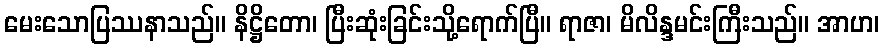
မေးသောပြဿနာသည်။ နိဋ္ဌိတော၊ ပြီးဆုံးခြင်းသို့ရောက်ပြီ။ ရာဇာ၊ မိလိန္ဒမင်းကြီးသည်။ အာဟ၊